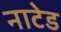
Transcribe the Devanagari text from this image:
नाटेड